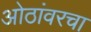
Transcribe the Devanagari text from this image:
ओठांवरचा